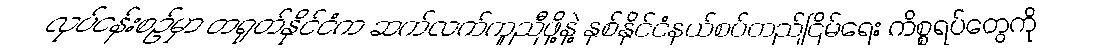
လုပ်ငန်းစဉ်မှာ တရုတ်နိုင်ငံက ဆက်လက်ကူညီဖို့နဲ့ နှစ်နိုင်ငံနယ်စပ်တည်ငြိမ်ရေး ကိစ္စရပ်တွေကို